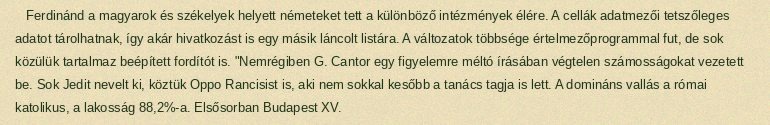
Ferdinánd a magyarok és székelyek helyett németeket tett a különböző intézmények élére. A cellák adatmezői tetszőleges adatot tárolhatnak, így akár hivatkozást is egy másik láncolt listára. A változatok többsége értelmezőprogrammal fut, de sok közülük tartalmaz beépített fordítót is. "Nemrégiben G. Cantor egy figyelemre méltó írásában végtelen számosságokat vezetett be. Sok Jedit nevelt ki, köztük Oppo Rancisist is, aki nem sokkal kesőbb a tanács tagja is lett. A domináns vallás a római katolikus, a lakosság 88,2%-a. Elsősorban Budapest XV.